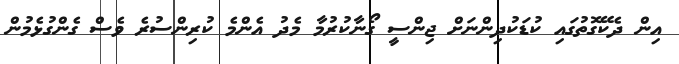
އިން ދެކޭގޮތުގައި ކުޑަކުދިންނަށް ޖިންސީ ގޯނާކުރުމާ މެދު އެންމެ ކުރިންސުރެ ވެސް ގެންގުޅެމުން